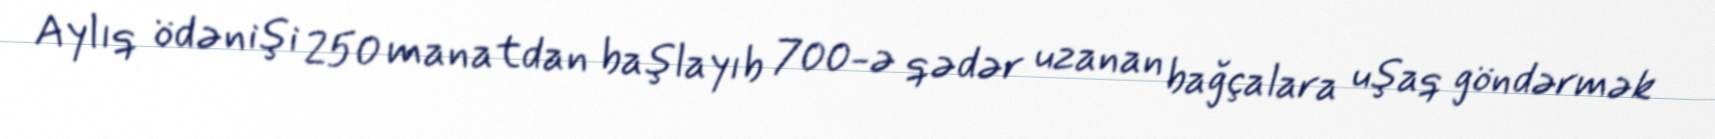
Aylıq ödənişi 250 manatdan başlayıb 700-ə qədər uzanan bağçalara uşaq göndərmək